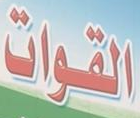
القوات